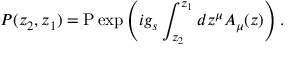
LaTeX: P ( z _ { 2 } , z _ { 1 } ) = \mathrm { P } \exp \left( i g _ { s } \int _ { z _ { 2 } } ^ { z _ { 1 } } d z ^ { \mu } A _ { \mu } ( z ) \right) .